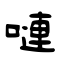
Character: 嗹